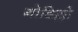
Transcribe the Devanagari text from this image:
गोडिल्लो